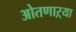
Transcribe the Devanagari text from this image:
ओतणाऱ्या